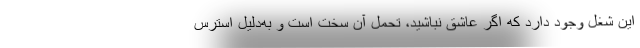
این شغل وجود دارد که اگر عاشق نباشید، تحمل آن سخت است و به‌دلیل استرس